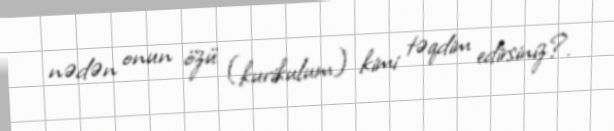
nədən onun özü (kurikulum) kimi təqdim edirsiniz?.